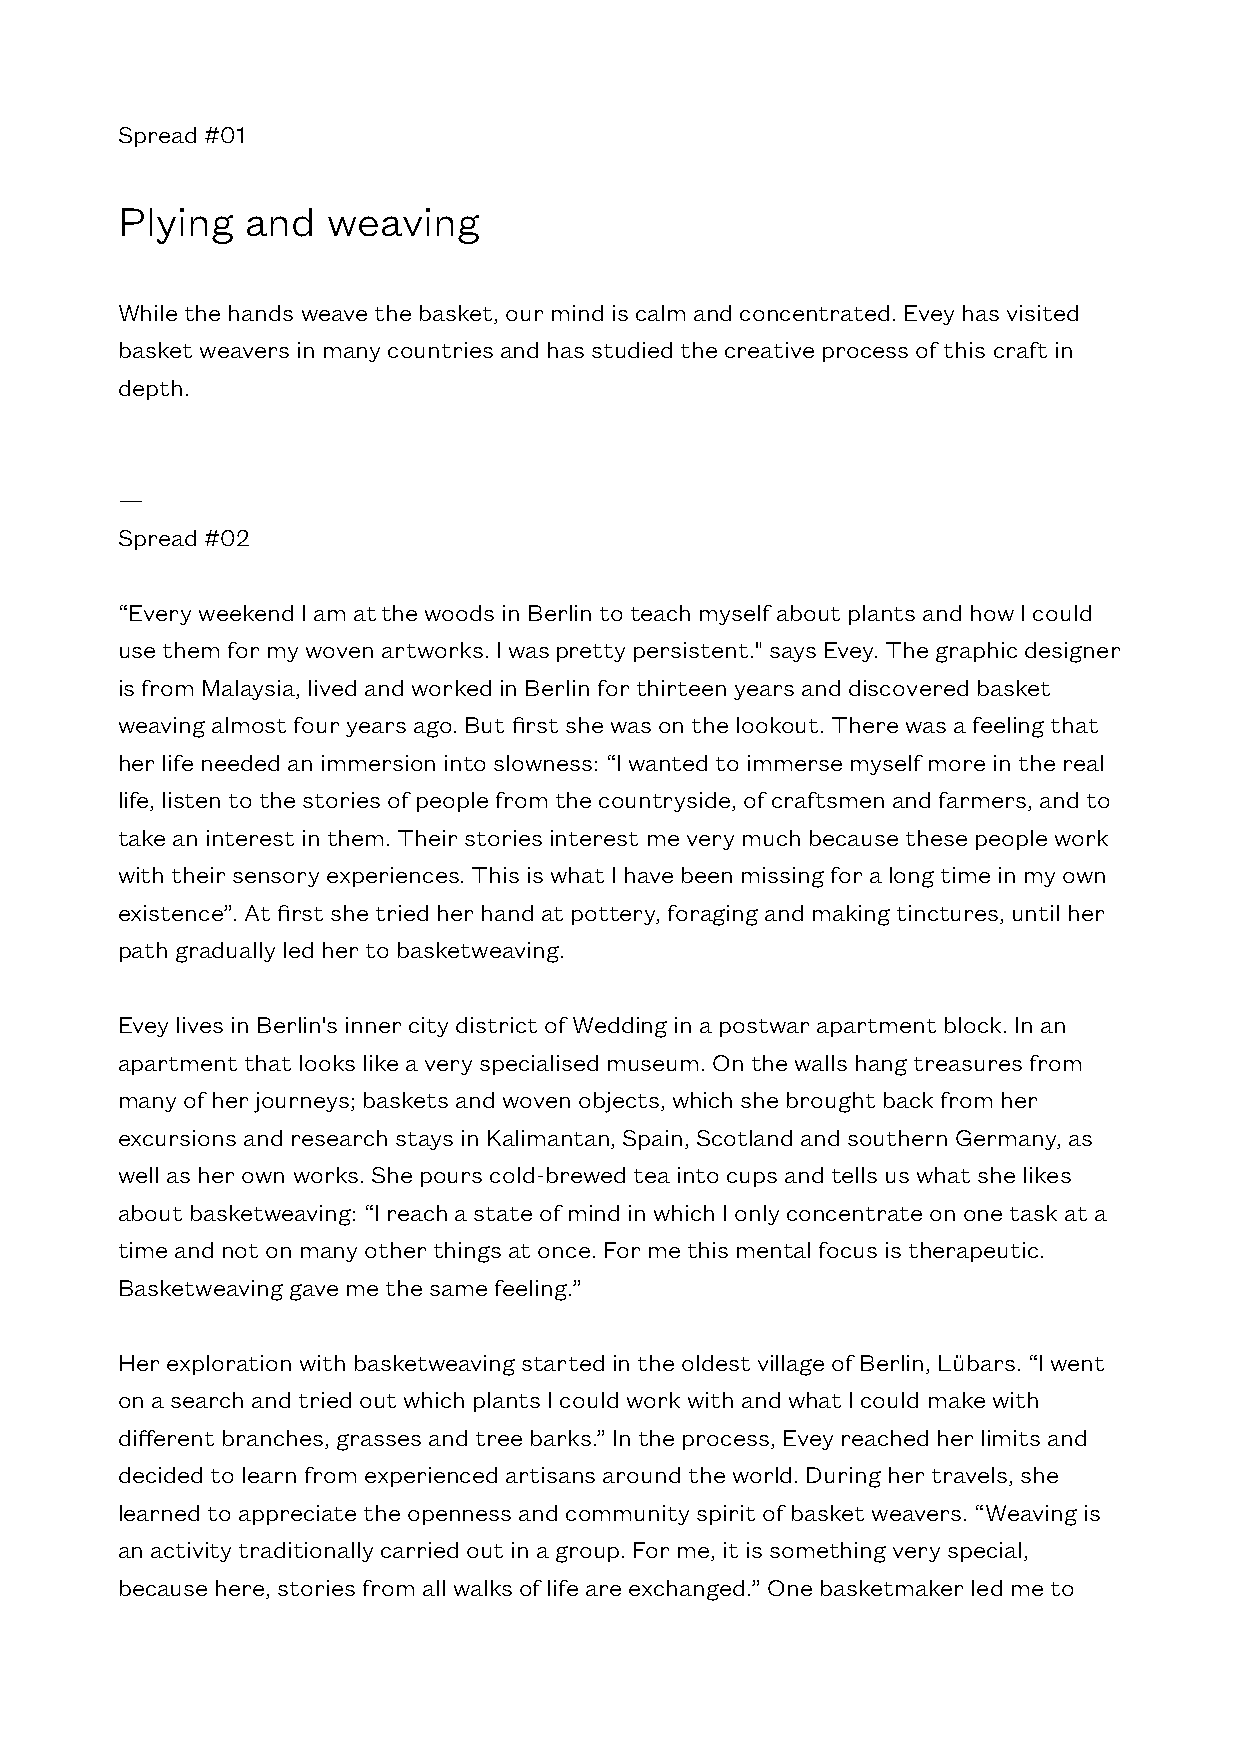
Spread #01
 Plying  and   weaving
 While the hands weave the basket, our mind is calm and concentrated. Evey has visited
 basket weavers in many countries and has studied the creative process of this craft in
 depth.
 —
 Spread #02
 “Every weekend I am at the woods in Berlin to teach myself about plants and how I could
 use them for my woven artworks. I was pretty persistent." says Evey. The graphic designer
 is from Malaysia, lived and worked in Berlin for thirteen years and discovered basket
 weaving almost four years ago. But first she was on the lookout. There was a feeling that
 her life needed an immersion into slowness: “I wanted to immerse myself more in the real
 life, listen to the stories of people from the countryside, of craftsmen and farmers, and to
 take an interest in them. Their stories interest me very much because these people work
 with their sensory experiences. This is what I have been missing for a long time in my own
 existence”. At first she tried her hand at pottery, foraging and making tinctures, until her
 path gradually led her to basketweaving.
 Evey lives in Berlin's inner city district of Wedding in a postwar apartment block. In an
 apartment that looks like a very specialised museum. On the walls hang treasures from
 many of her journeys; baskets and woven objects, which she brought back from her
 excursions and research stays in Kalimantan, Spain, Scotland and southern Germany, as
 well as her own works. She pours cold-brewed tea into cups and tells us what she likes
 about basketweaving: “I reach a state of mind in which I only concentrate on one task at a
 time and not on many other things at once. For me this mental focus is therapeutic.
 Basketweaving gave me the same feeling.”
 Her exploration with basketweaving started in the oldest village of Berlin, Lübars. “I went
 on a search and tried out which plants I could work with and what I could make with
 different branches, grasses and tree barks.” In the process, Evey reached her limits and
 decided to learn from experienced artisans around the world. During her travels, she
 learned to appreciate the openness and community spirit of basket weavers. “Weaving is
 an activity traditionally carried out in a group. For me, it is something very special,
 because here, stories from all walks of life are exchanged.” One basketmaker led me to